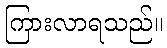
ကြားလာရသည်။